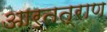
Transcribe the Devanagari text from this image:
आर्तत्राण